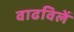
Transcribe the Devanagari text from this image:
वाढविलें